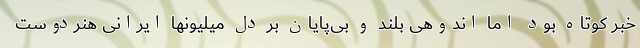
خبر کوتاه بود اما اندوهی بلند و بی‌پایان بر دل میلیونها ایرانی هنردوست